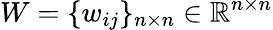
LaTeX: W=\{ w_{ij}\} _{n\times n}\in\mathbb{R}^{n\times n}